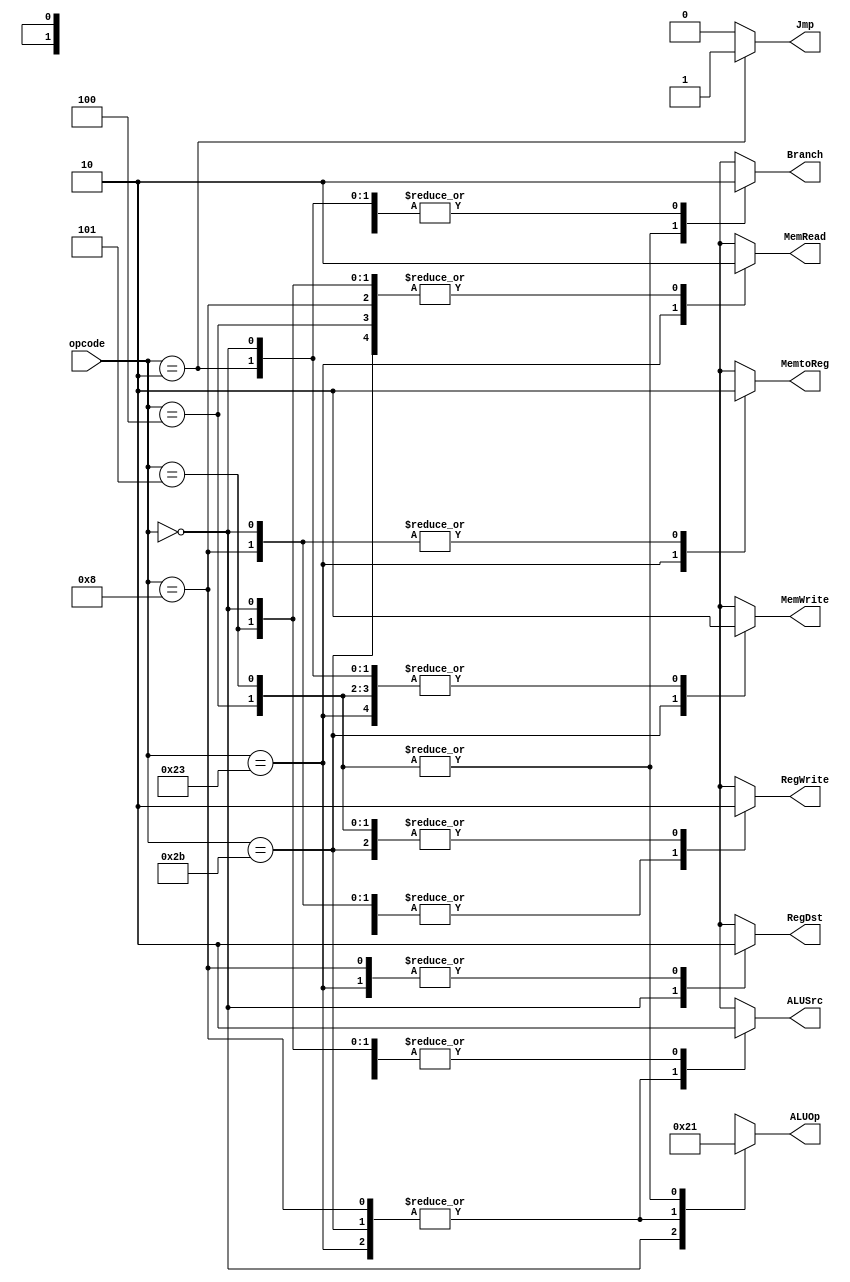
module control_single(opcode, RegDst, ALUSrc, MemtoReg, RegWrite, MemRead, MemWrite, Branch, Jmp, ALUOp);
    input [5:0] opcode;
    output RegDst, ALUSrc, MemtoReg, RegWrite, MemRead, MemWrite, Branch, Jmp;
    output [1:0] ALUOp;
    reg    RegDst, ALUSrc, MemtoReg, RegWrite, MemRead, MemWrite, Branch, Jmp;
    reg    [1:0] ALUOp;

    parameter R_FORMAT = 6'd0;
    parameter LW = 6'd35;
    parameter SW = 6'd43;
    parameter BEQ = 6'd4;
    parameter ADDI = 6'd8;
    parameter BNE = 6'd5;
    parameter J = 6'd2;

    always @(opcode)
    begin
        case (opcode)
          R_FORMAT : 
          begin
              RegDst=1'b1; ALUSrc=1'b0; MemtoReg=1'b0; RegWrite=1'b1; MemRead=1'b0; 
              MemWrite=1'b0; Branch=1'b0; Jmp=1'b0; ALUOp = 2'b10;
          end
          LW :
          begin
              RegDst=1'b0; ALUSrc=1'b1; MemtoReg=1'b1; RegWrite=1'b1; MemRead=1'b1; 
              MemWrite=1'b0; Branch=1'b0; Jmp=1'b0; ALUOp = 2'b00;
          end
          SW :
          begin
              RegDst=1'bx; ALUSrc=1'b1; MemtoReg=1'bx; RegWrite=1'b0; MemRead=1'b0; 
              MemWrite=1'b1; Branch=1'b0; Jmp=1'b0; ALUOp = 2'b00;
          end
          BEQ :
          begin
              RegDst=1'bx; ALUSrc=1'b0; MemtoReg=1'bx; RegWrite=1'b0; MemRead=1'b0; 
              MemWrite=1'b0; Branch=1'b1; Jmp=1'b0; ALUOp = 2'b01;
          end
          
           ADDI :
           begin
               RegDst=1'b0; ALUSrc=1'b1; MemtoReg=1'b0; RegWrite=1'b1; MemRead=1'b0; 
               MemWrite=1'bx; Branch=1'b0; Jmp=1'b0; ALUOp = 2'b00;
           end
           
           
            BNE :
              begin
                  RegDst=1'bx; ALUSrc=1'b0; MemtoReg=1'bx; RegWrite=1'b0; MemRead=1'b0; 
                  MemWrite=1'b0; Branch=1'b1; Jmp=1'b0; ALUOp = 2'b01;
              end 
           
            J :
            begin
                RegDst=1'bx; ALUSrc=1'bx; MemtoReg=1'bx; RegWrite=1'bx; MemRead=1'bx; 
                MemWrite=1'b0; Branch=1'b0; Jmp=1'b1; ALUOp = 2'bxx;
            end
            
          default
          begin
              $display("control_single unimplemented opcode %d", opcode);
              RegDst=1'bx; ALUSrc=1'bx; MemtoReg=1'bx; RegWrite=1'bx; MemRead=1'bx; 
              MemWrite=1'bx; Branch=1'bx; Jmp=1'b0; ALUOp = 2'bxx;
          end

        endcase
    end
endmodule